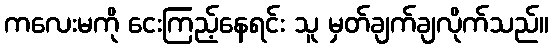
ကလေးမကို ငေးကြည့်နေရင်း သူ မှတ်ချက်ချလိုက်သည်။